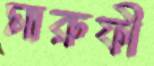
মারুফী